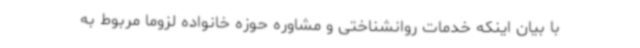
با بیان اینکه خدمات روانشناختی و مشاوره حوزه خانواده لزوما مربوط به